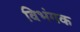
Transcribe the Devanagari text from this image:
विभंगक